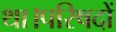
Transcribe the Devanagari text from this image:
था।परिषदों